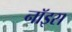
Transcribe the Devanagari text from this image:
नॉइस